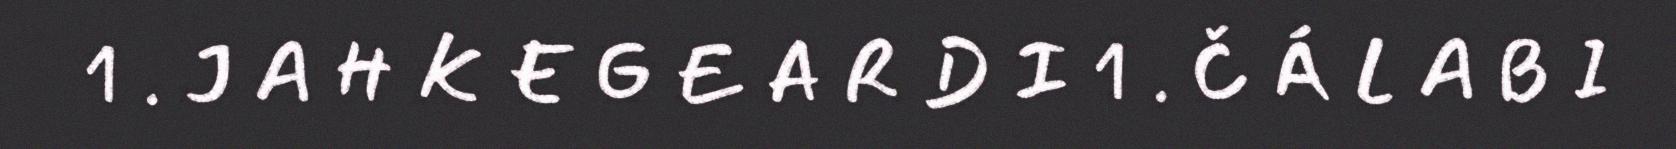
1 . J A H K E G E A R D I 1 . Č Á L A B I